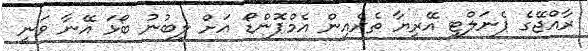
ރާއްޖޭގެ ޕެނަލްޓީ އޭރިޔާ ތެރެއިން އެމްޕޮންޑޯ އަށް ލިބުނު ބޯޅަ އޭނާ ވަނީ